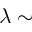
\lambda \sim